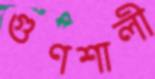
গুণশালী